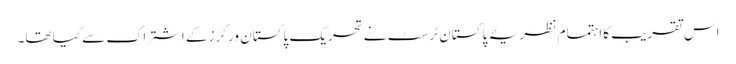
اس تقریب کااہتمام نظریۂ پاکستان ٹرسٹ نے تحریک پاکستان ورکرز کے اشتراک سے کیا تھا۔